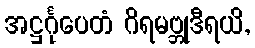
အဋ္ဌင်္ဂုပေတံ ဂိရမဗ္ဘုဒီရယိ,